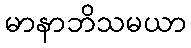
မာနာဘိသမယာ